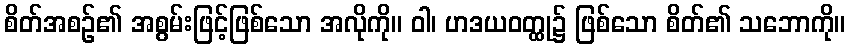
စိတ်အစဉ်၏ အစွမ်းဖြင့်ဖြစ်သော အလိုကို။ ဝါ၊ ဟဒယဝတ္ထု၌ ဖြစ်သော စိတ်၏ သဘောကို။